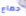
جماع